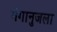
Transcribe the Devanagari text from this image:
गंगानुजला